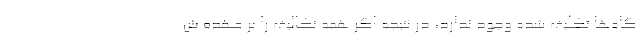
گاه‌ها تکلیف شده وجود ندارد، در نتیجه اگر همه تکالیف را بر عهده ش